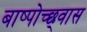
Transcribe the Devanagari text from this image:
बाष्पोच्छ्‌वास